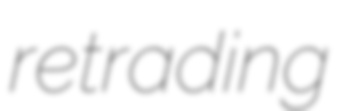
retrading